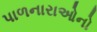
પાળનારાઓનો